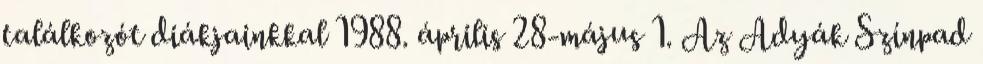
találkozót diákjainkkal 1988. április 28-május 1. Az Adyák Színpad